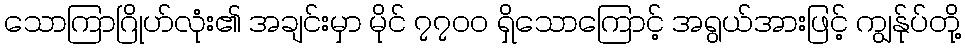
သောကြာဂြိုဟ်လုံး၏ အချင်းမှာ မိုင် ၇၇၀၀ ရှိသောကြောင့် အရွယ်အားဖြင့် ကျွန်ုပ်တို့